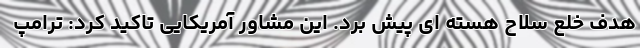
هدف خلع سلاح هسته ای پیش برد. این مشاور آمریکایی تاکید کرد: ترامپ